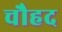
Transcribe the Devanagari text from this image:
चौहद